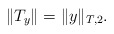
\begin{align*}\|T_y\| =\|y\|_{T,2}.\end{align*}